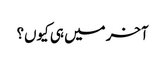
آخر میں ہی کیوں؟